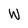
Character: W